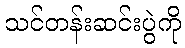
သင်တန်းဆင်းပွဲကို